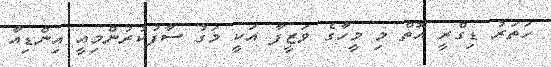
ހަތަރު ޑިގްރީ އޮތް މި މީހާގެ ވަޒީފާ އަކީ މަގު ސާފުުކުރުންމިއީ އިންޑިއާ